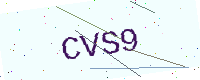
Text: CVS9